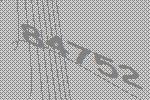
84752